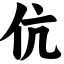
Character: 伉